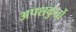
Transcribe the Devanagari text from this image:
अपशकुतों